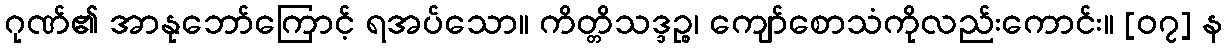
ဂုဏ်၏ အာနုဘော်ကြောင့် ရအပ်သော။ ကိတ္တိသဒ္ဒဉ္စ၊ ကျော်စောသံကိုလည်းကောင်း။ [၀၇] န